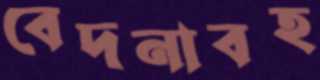
বেদনাবহ